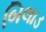
બિલાડ